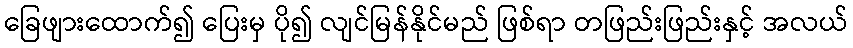
ခြေဖျားထောက်၍ ပြေးမှ ပို၍ လျင်မြန်နိုင်မည် ဖြစ်ရာ တဖြည်းဖြည်းနှင့် အလယ်